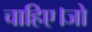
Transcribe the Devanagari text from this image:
चाहिए।जो